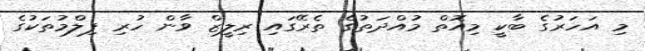
މި އަހަރުގެ ބާކީ މިއޮތް މުއްދަތުގެ ތެރޭގައި ރިލީޒް ވާން ހުރި ފިލްމުތަކުގެ